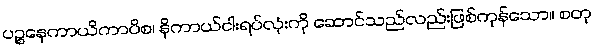
ပဉ္စနေကာယိကာပိစ၊ နိကာယ်ငါးရပ်လုံးကို ဆောင်သည်လည်းဖြစ်ကုန်သော။ စတု